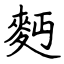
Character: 麪